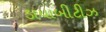
ડાયાબીટીઝ